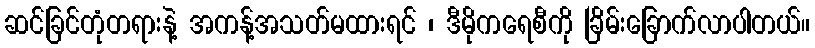
ဆင်ခြင်တုံတရားနဲ့ အကန့်အသတ်မထားရင် ၊ ဒီမိုကရေစီကို ခြိမ်းခြောက်လာပါတယ်။